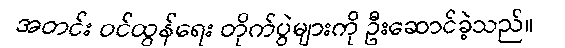
အတင်း ဝင်ထွန်ရေး တိုက်ပွဲများကို ဦးဆောင်ခဲ့သည်။